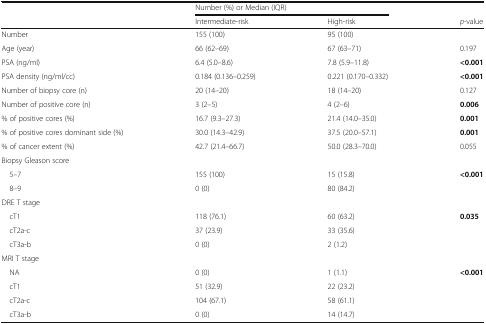
<table><thead><tr><td rowspan="2"></td><td colspan="2"><b>Number (%) or Median (IQR)</b></td><td></td></tr><tr><td><b>Intermediate-risk</b></td><td><b>High-risk</b></td><td><b><i>p</i>-value</b></td></tr></thead><tbody><tr><td>Number</td><td>155 (100)</td><td>95 (100)</td><td></td></tr><tr><td>Age (year)</td><td>66 (62–69)</td><td>67 (63–71)</td><td>0.197</td></tr><tr><td>PSA (ng/ml)</td><td>6.4 (5.0–8.6)</td><td>7.8 (5.9–11.8)</td><td><b>&lt;0.001</b></td></tr><tr><td>PSA density (ng/ml/cc)</td><td>0.184 (0.136–0.259)</td><td>0.221 (0.170–0.332)</td><td><b>&lt;0.001</b></td></tr><tr><td>Number of biopsy core (n)</td><td>20 (14–20)</td><td>18 (14–20)</td><td>0.127</td></tr><tr><td>Number of positive core (n)</td><td>3 (2–5)</td><td>4 (2–6)</td><td><b>0.006</b></td></tr><tr><td>% of positive cores (%)</td><td>16.7 (9.3–27.3)</td><td>21.4 (14.0–35.0)</td><td><b>0.001</b></td></tr><tr><td>% of positive cores dominant side (%)</td><td>30.0 (14.3–42.9)</td><td>37.5 (20.0–57.1)</td><td><b>0.001</b></td></tr><tr><td>% of cancer extent (%)</td><td>42.7 (21.4–66.7)</td><td>50.0 (28.3–70.0)</td><td>0.055</td></tr><tr><td colspan="4">Biopsy Gleason score</td></tr><tr><td> 5–7</td><td>155 (100)</td><td>15 (15.8)</td><td><b>&lt;0.001</b></td></tr><tr><td> 8–9</td><td>0 (0)</td><td>80 (84.2)</td><td></td></tr><tr><td colspan="4">DRE T stage</td></tr><tr><td> cT1</td><td>118 (76.1)</td><td>60 (63.2)</td><td><b>0.035</b></td></tr><tr><td> cT2a-c</td><td>37 (23.9)</td><td>33 (35.6)</td><td></td></tr><tr><td> cT3a-b</td><td>0 (0)</td><td>2 (1.2)</td><td></td></tr><tr><td colspan="4">MRI T stage</td></tr><tr><td> NA</td><td>0 (0)</td><td>1 (1.1)</td><td><b>&lt;0.001</b></td></tr><tr><td> cT1</td><td>51 (32.9)</td><td>22 (23.2)</td><td></td></tr><tr><td> cT2a-c</td><td>104 (67.1)</td><td>58 (61.1)</td><td></td></tr><tr><td> cT3a-b</td><td>0 (0)</td><td>14 (14.7)</td><td></td></tr></tbody></table>